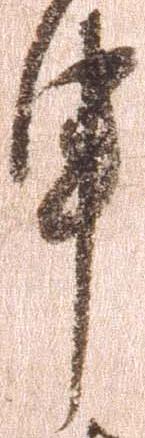
申